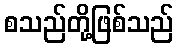
စသည်တို့ဖြစ်သည်